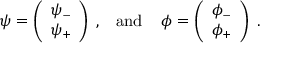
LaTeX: \psi = \left( \begin{array} { c } { { \psi _ { - } } } \\ { { \psi _ { + } } } \end{array} \right) \; , \; \; \; \mathrm { a n d } \; \; \; \; \phi = \left( \begin{array} { c } { { \phi _ { - } } } \\ { { \phi _ { + } } } \end{array} \right) \; .